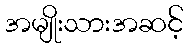
အမျိုးသားအဆင့်